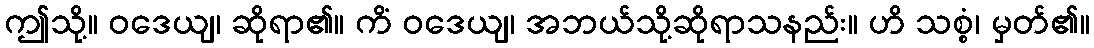
ဤသို့။ ဝဒေယျ၊ ဆိုရာ၏။ ကိံ ဝဒေယျ၊ အဘယ်သို့ဆိုရာသနည်း။ ဟိ သစ္စံ၊ မှတ်၏။